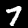
Digit: 7